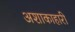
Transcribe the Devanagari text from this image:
अशाकाहारी